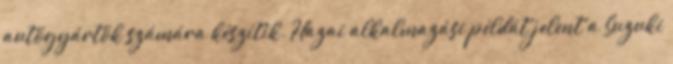
autógyártók számára készítik. Hazai alkalmazási példát jelent a Suzuki